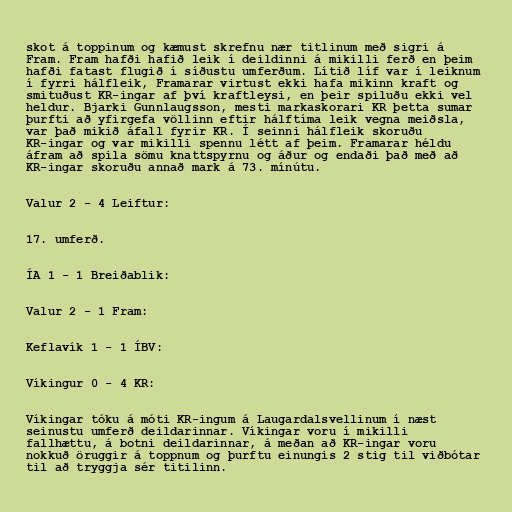
skot á toppinum og kæmust skrefnu nær titlinum með sigri á
Fram. Fram hafði hafið leik í deildinni á mikilli ferð en þeim
hafði fatast flugið í síðustu umferðum. Lítið líf var í leiknum
í fyrri hálfleik, Framarar virtust ekki hafa mikinn kraft og
smituðust KR-ingar af því kraftleysi, en þeir spiluðu ekki vel
heldur. Bjarki Gunnlaugsson, mesti markaskorari KR þetta sumar
þurfti að yfirgefa völlinn eftir hálftíma leik vegna meiðsla,
var það mikið áfall fyrir KR. Í seinni hálfleik skoruðu
KR-ingar og var mikilli spennu létt af þeim. Framarar héldu
áfram að spila sömu knattspyrnu og áður og endaði það með að
KR-ingar skoruðu annað mark á 73. mínútu.

Valur 2 - 4 Leiftur:

17. umferð.

ÍA 1 - 1 Breiðablik:

Valur 2 - 1 Fram:

Keflavík 1 - 1 ÍBV:

Víkingur 0 - 4 KR:

Víkingar tóku á móti KR-ingum á Laugardalsvellinum í næst
seinustu umferð deildarinnar. Víkingar voru í mikilli
fallhættu, á botni deildarinnar, á meðan að KR-ingar voru
nokkuð öruggir á toppnum og þurftu einungis 2 stig til viðbótar
til að tryggja sér titilinn.